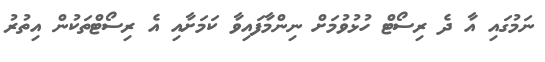
ނަމުގައި އާ ދެ ރިސޯޓް ހުޅުވުމަށް ނިންމާފައިވާ ކަމަށާއި އެ ރިސޯޓްތަކުން އިތުރު